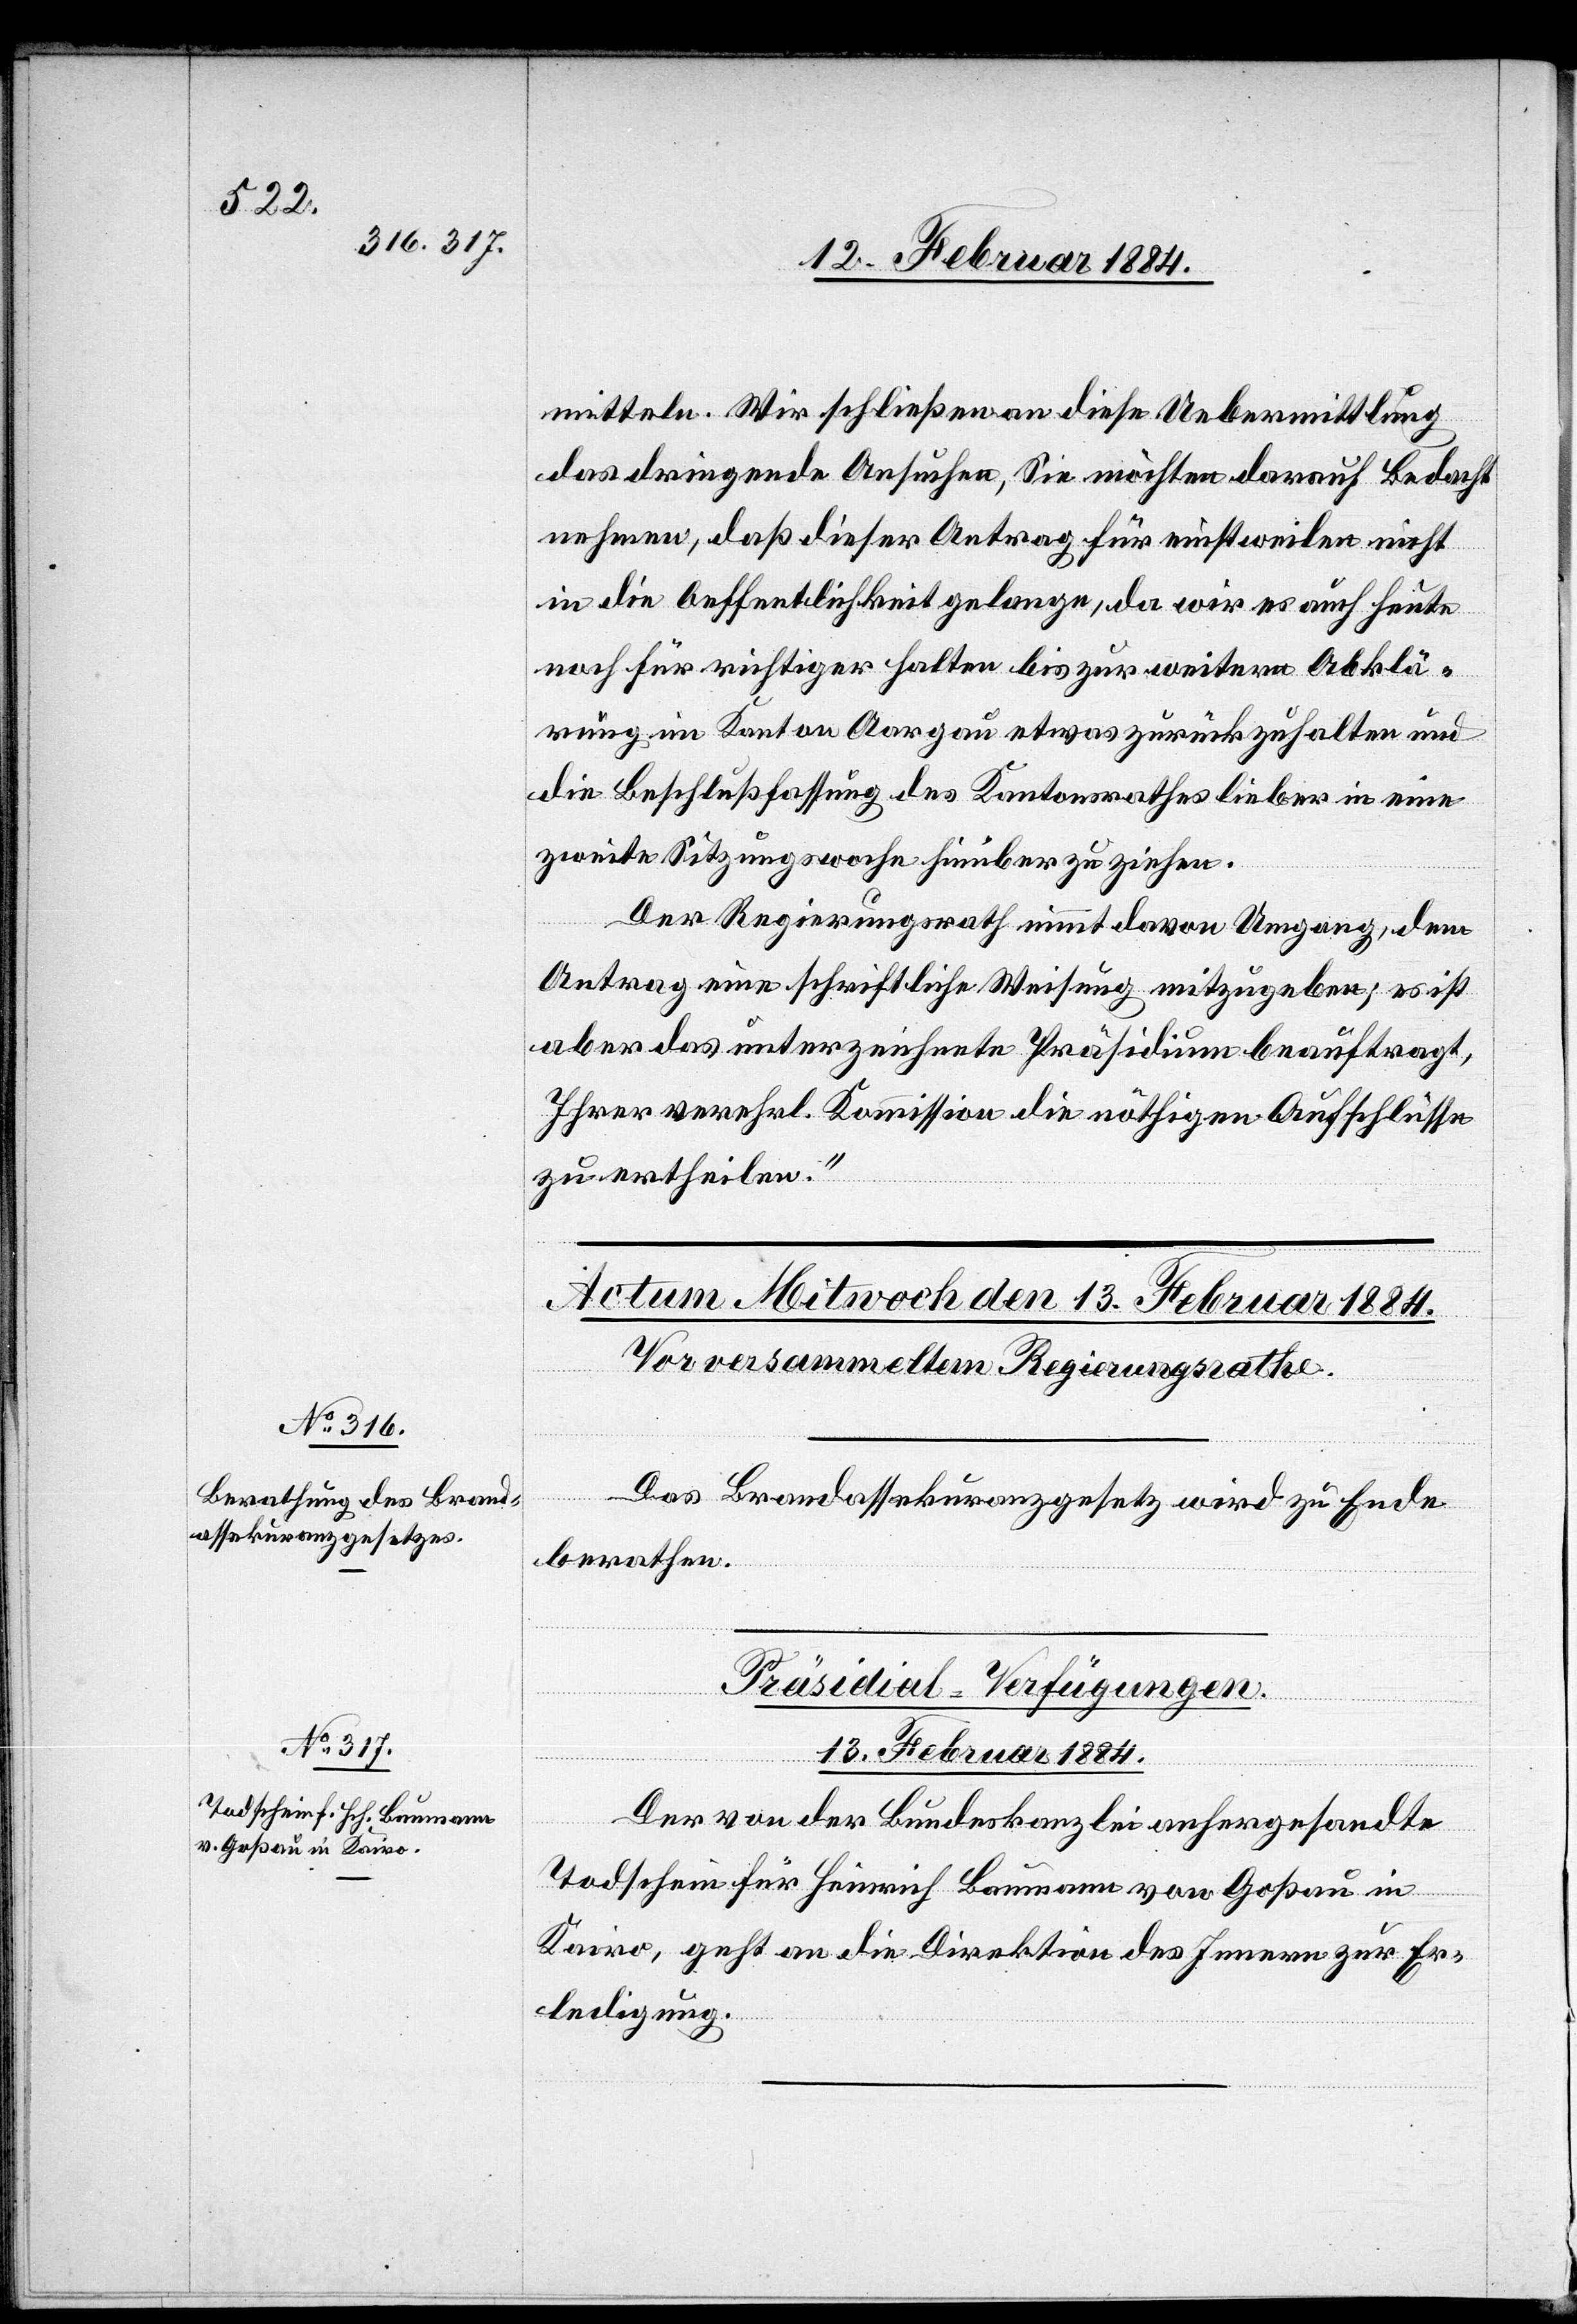
mitteln. Wir schließen an diese Uebermittlung
das dringende Ansuchen, Sie möchten darauf Bedacht
nehmen, daß dieser Antrag für einstweilen nicht
in die Oeffentlichkeit gelange, da wir es auch heute
noch für richtiger halten bis zur weitern Abklä¬
rung im Kanton Aargau etwas zurückzuhalten und
die Beschlußfassung des Kantonsrathes lieber in eine
zweite Sitzungswoche hinüber zu ziehen.
Der Regierungsrath nimmt davon Umgang, dem
Antrag eine schriftliche Weisung mitzugeben; es ist
aber das unterzeichnete Präsidium beauftragt,
Ihrer verehrl. Kommission die nöthigen Aufschlüsse
zu ertheilen.“
Das Brandassekuranzgesetz wird zu Ende
berathen.
Präsidial-Verfügungen.
13. Februar 1884.
Der von der Bundeskanzlei anhergesandte
Todschein für Heinrich Baumann von Goßau in
Kairo, geht an die Direktion des Innern zur Er¬
ledigung.